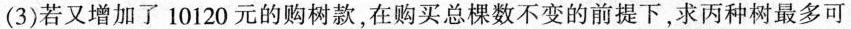
(3)若又增加了10120元的购树款，在购买总棵数不变的前提下，求丙种树最多可